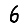
Digit: 6